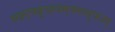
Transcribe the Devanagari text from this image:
म्र्ख्र्स्फ्क्रुय्र्ह्क्म्फ्स्य्सुफ्ज्व्